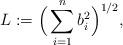
LaTeX: \begin{align*}L := \Big(\sum_{i=1}^n b_i^2\Big)^{1/2}, \end{align*}